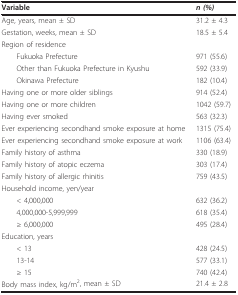
<table><thead><tr><td><b>Variable</b></td><td><b><i>n (%) </i></b></td></tr></thead><tbody><tr><td>Age, years, mean ± SD</td><td>31.2 ± 4.3</td></tr><tr><td>Gestation, weeks, mean ± SD</td><td>18.5 ± 5.4</td></tr><tr><td>Region of residence</td><td></td></tr><tr><td> Fukuoka Prefecture</td><td>971 (55.6)</td></tr><tr><td> Other than Fukuoka Prefecture in Kyushu</td><td>592 (33.9)</td></tr><tr><td> Okinawa Prefecture</td><td>182 (10.4)</td></tr><tr><td>Having one or more older siblings</td><td>914 (52.4)</td></tr><tr><td>Having one or more children</td><td>1042 (59.7)</td></tr><tr><td>Having ever smoked</td><td>563 (32.3)</td></tr><tr><td>Ever experiencing secondhand smoke exposure at home</td><td>1315 (75.4)</td></tr><tr><td>Ever experiencing secondhand smoke exposure at work</td><td>1106 (63.4)</td></tr><tr><td>Family history of asthma</td><td>330 (18.9)</td></tr><tr><td>Family history of atopic eczema</td><td>303 (17.4)</td></tr><tr><td>Family history of allergic rhinitis</td><td>759 (43.5)</td></tr><tr><td>Household income, yen/year</td><td></td></tr><tr><td> &lt; 4,000,000</td><td>632 (36.2)</td></tr><tr><td> 4,000,000-5,999,999</td><td>618 (35.4)</td></tr><tr><td> ≥ 6,000,000</td><td>495 (28.4)</td></tr><tr><td>Education, years</td><td></td></tr><tr><td> &lt; 13</td><td>428 (24.5)</td></tr><tr><td> 13-14</td><td>577 (33.1)</td></tr><tr><td> ≥ 15</td><td>740 (42.4)</td></tr><tr><td>Body mass index, kg/m<sup>2</sup>, mean ± SD</td><td>21.4 ± 2.8</td></tr></tbody></table>